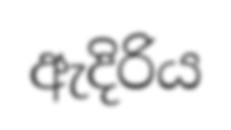
ඇදිරිය